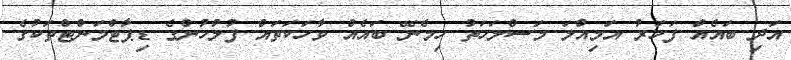
އަދި ބައެއް ފަހަރު އަމިއްލަ މަސްލަހަތު ހިމެނޭ ބައެއް ވާހަކަތައް ފުލުހުންގެ ޑިޕާޓްމަންޓްތަކުގެ